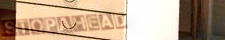
StopAhead